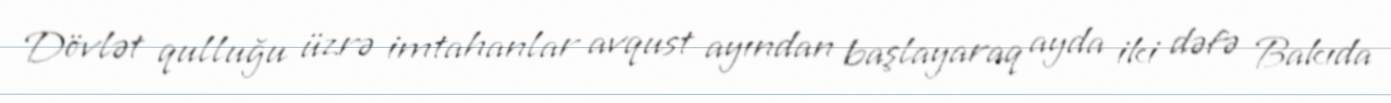
Dövlət qulluğu üzrə imtahanlar avqust ayından başlayaraq ayda iki dəfə Bakıda